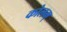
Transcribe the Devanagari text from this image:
कोलम्